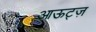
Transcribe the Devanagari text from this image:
आऊट्ज़